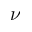
\nu